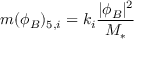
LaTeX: m ( \phi _ { B } ) _ { 5 , i } = k _ { i } \frac { | \phi _ { B } | ^ { 2 } } { M _ { * } }